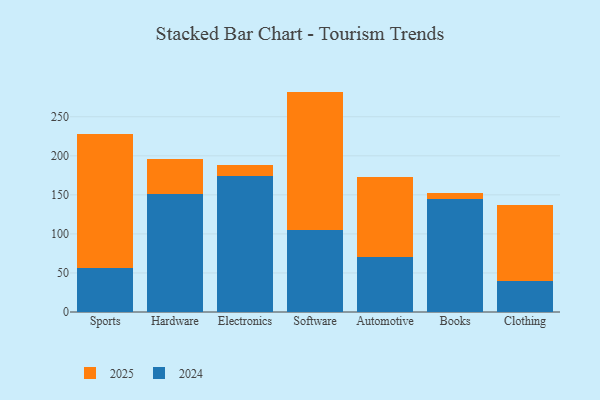
{"axis": {"x": "Category", "y": "Revenue (USD Million)"}, "legend": ["2024", "2025"], "data": [{"x": "Sports", "y": 56.0, "type": "2024"}, {"x": "Sports", "y": 172.3, "type": "2025"}, {"x": "Hardware", "y": 151.1, "type": "2024"}, {"x": "Hardware", "y": 45.2, "type": "2025"}, {"x": "Electronics", "y": 173.9, "type": "2024"}, {"x": "Electronics", "y": 14.2, "type": "2025"}, {"x": "Software", "y": 105.0, "type": "2024"}, {"x": "Software", "y": 177.2, "type": "2025"}, {"x": "Automotive", "y": 69.9, "type": "2024"}, {"x": "Automotive", "y": 102.7, "type": "2025"}, {"x": "Books", "y": 145.3, "type": "2024"}, {"x": "Books", "y": 7.4, "type": "2025"}, {"x": "Clothing", "y": 39.2, "type": "2024"}, {"x": "Clothing", "y": 97.4, "type": "2025"}]}